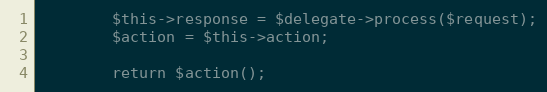
Language: PHP
        $this->response = $delegate->process($request);
        $action = $this->action;

        return $action();